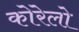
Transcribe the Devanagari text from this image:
कोरेलो